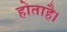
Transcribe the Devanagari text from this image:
होताहै।